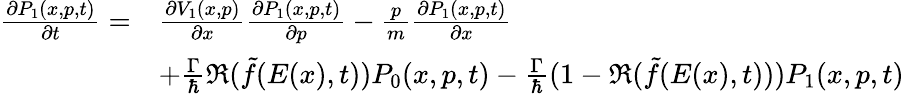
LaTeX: \begin{array}{rl}{\frac{\partial P_{1}(x,p,t)}{\partial t}=}&{\frac{\partial V_{1}(x,p)}{\partial x}\frac{\partial P_{1}(x,p,t)}{\partial p}-\frac{p}{m}\frac{\partial P_{1}(x,p,t)}{\partial x}}\\ &{+\frac{\Gamma}{\hbar}\Re(\tilde{f}(E(x),t))P_{0}(x,p,t)-\frac{\Gamma}{\hbar}(1-\Re(\tilde{f}(E(x),t)))P_{1}(x,p,t)}\end{array}